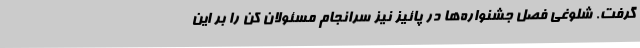
گرفت. شلوغی فصل جشنواره‌ها در پائیز نیز سرانجام مسئولان کن را بر این